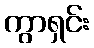
ကွာရှင်း